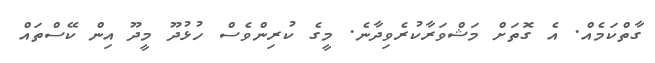
ގާތްކަމެއް. އެ ގޮތަށް މަޝްވަރާކުރެވިދާނެ. މީގެ ކުރިންވެސް ހުޅުދޫ މީދޫ އިން ކޭސްތައް